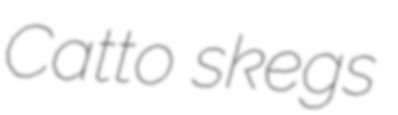
Catto skegs